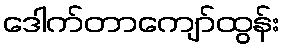
ဒေါက်တာကျော်ထွန်း